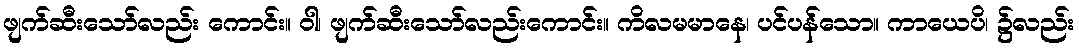
ဖျက်ဆီးသော်လည်း ကောင်း။ ဝါ၊ ဖျက်ဆီးသော်လည်းကောင်း။ ကိလမမာနေ၊ ပင်ပန်သော။ ကာယေပိ၊ ၌လည်း